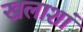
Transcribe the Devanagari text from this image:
खलाशां